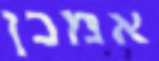
אמכן